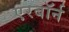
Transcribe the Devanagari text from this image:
एरबॉर्न